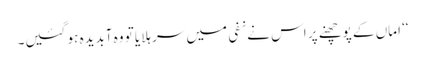
‘‘ اماں کے پوچھنے پر اس نے نفی میں سر ہلایا تو وہ آبدیدہ ہو گئیں۔